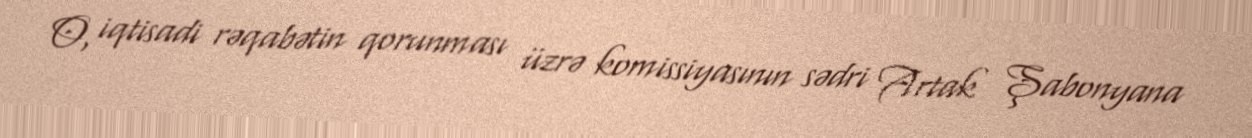
O, iqtisadi rəqabətin qorunması üzrə komissiyasının sədri Artak Şabonyana